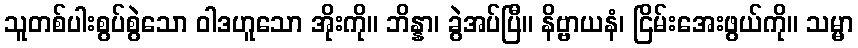
သူတစ်ပါးစွပ်စွဲသော ဝါဒဟူသော အိုးကို။ ဘိန္နာ၊ ခွဲအပ်ပြီ။ နိဗ္ဗာယနံ၊ ငြိမ်းအေးဖွယ်ကို။ သမ္မာ